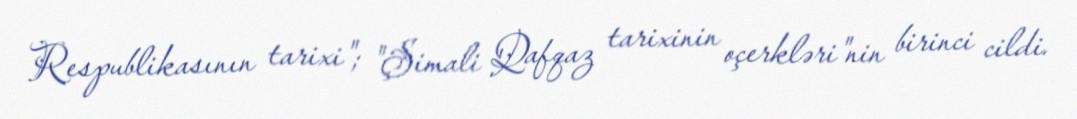
Respublikasının tarixi"; "Şimali Qafqaz tarixinin oçerkləri"nin birinci cildi.